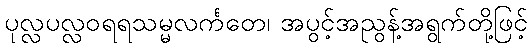
ပုလ္လပလ္လဝရရသမ္မလင်္ကတေ၊ အပွင့်အညွန့်အရွက်တို့ဖြင့်